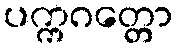
ပက္ကဂတ္တော